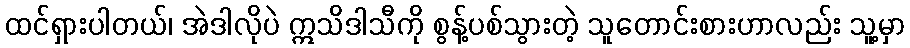
ထင်ရှားပါတယ်၊ အဲဒါလိုပဲ ဣသိဒါသီကို စွန့်ပစ်သွားတဲ့ သူတောင်းစားဟာလည်း သူ့မှာ